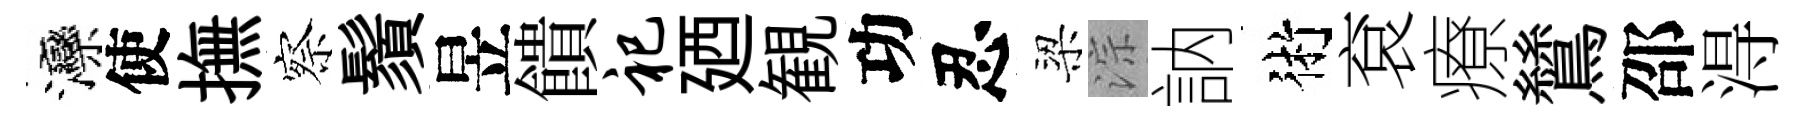
灤使撫察鬚昱饋祀廼観功忍梁淙訥術袞療鷥邵淂